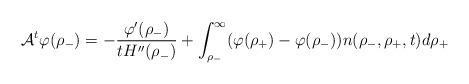
LaTeX: \begin{align*}\mathcal{A}^{t}\varphi(\rho_{-})=-\frac{\varphi'(\rho_{-})}{tH''(\rho_{-})}+\int_{\rho_{-}}^{\infty} (\varphi(\rho_{+})-\varphi(\rho_{-})) n(\rho_{-},\rho_{+},t)d\rho_{+}\end{align*}